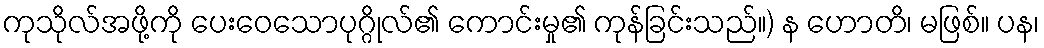
ကုသိုလ်အဖို့ကို ပေးဝေသောပုဂ္ဂိုလ်၏ ကောင်းမှု၏ ကုန်ခြင်းသည်။) န ဟောတိ၊ မဖြစ်။ ပန၊